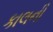
કાલની